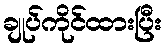
ချုပ်ကိုင်ထားပြီး